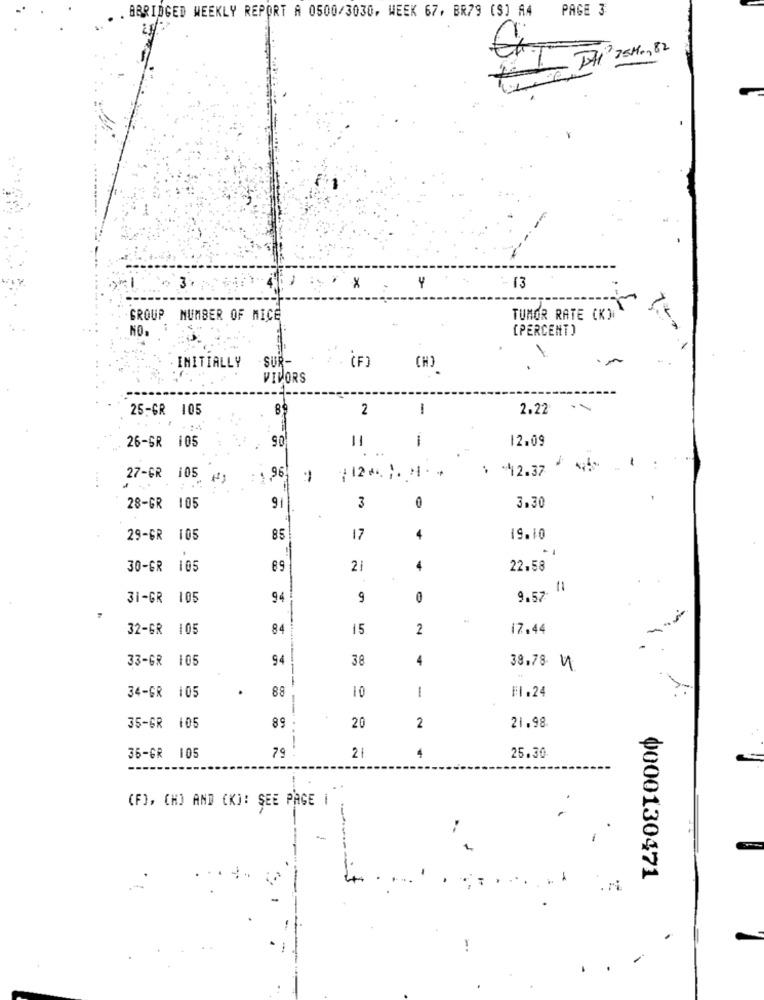
PAGE 3
. BBRIDGED WEEKLY REPORT A 0500/3030, WEEK 67, BR79 (S) A4
75M2,82
3
...
13
GROUP NUMBER OF MICE
TUMOR RATE (K)
NO.
[PERCENT )
-SUR-
(F)
INITIALLY
(H)
VIVORS
25-6R 105
2
-
2.22
05
1
12.09
26-SR 105
11
$ *42.37
27-GR 105
96,
112. 1. 4. +
28-GR 105
91
3
0
3.30
29-GR 105
85
17
4
19.10
30-GR 105
89
21
4
22.58
11
31-GR 105
94
9
0
9.57
32-GR 105
84
15
2
17.44
33-GR 105
94
38
4
38,78 1
34-GR 105
10
1
Fl.24
88
20
35-GR 105
89
2
21.98
79
----
36-GR 105
4
25.30
(F), (H) AND (K): SEE PAGE |
-
0000130471